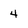
Character: 4